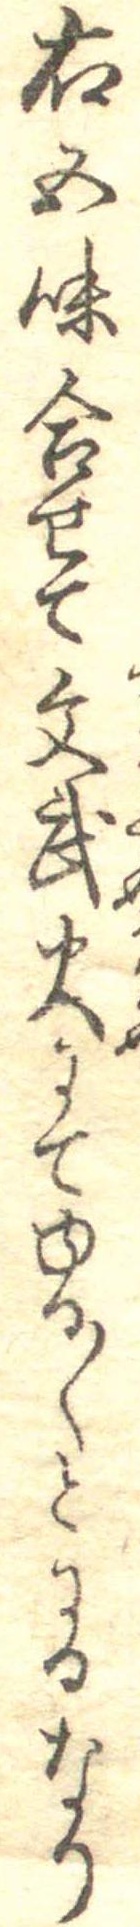
右五味合せて文武火にてゆる〱とにるなり